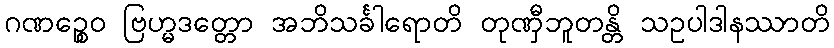
ဂဏဉ္စေဝ ဗြဟ္မဒတ္တော အဘိသင်္ခါရောတိ တုဏှီဘူတန္တိ သဥပါဒါနဿာတိ